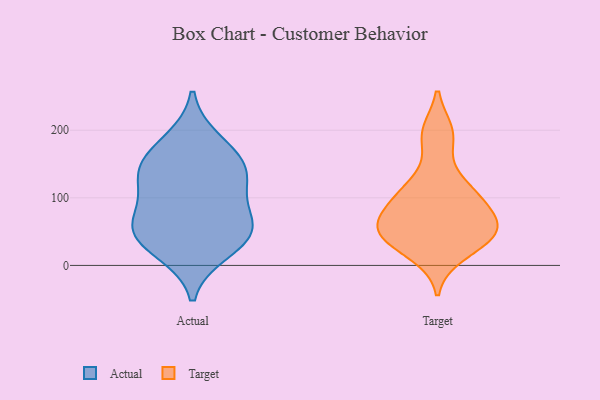
{"axis": {"x": "Humidity (%)", "y": "Value"}, "legend": ["Actual", "Target"], "data": [{"x": "", "y": 63, "type": "Actual"}, {"x": "", "y": 48, "type": "Actual"}, {"x": "", "y": 183, "type": "Actual"}, {"x": "", "y": 129, "type": "Actual"}, {"x": "", "y": 146, "type": "Actual"}, {"x": "", "y": 65, "type": "Actual"}, {"x": "", "y": 22, "type": "Actual"}, {"x": "", "y": 153, "type": "Actual"}, {"x": "", "y": 115, "type": "Actual"}, {"x": "", "y": 43, "type": "Actual"}, {"x": "", "y": 125, "type": "Target"}, {"x": "", "y": 42, "type": "Target"}, {"x": "", "y": 59, "type": "Target"}, {"x": "", "y": 64, "type": "Target"}, {"x": "", "y": 58, "type": "Target"}, {"x": "", "y": 192, "type": "Target"}, {"x": "", "y": 17, "type": "Target"}, {"x": "", "y": 96, "type": "Target"}, {"x": "", "y": 108, "type": "Target"}, {"x": "", "y": 100, "type": "Target"}, {"x": "", "y": 37, "type": "Target"}, {"x": "", "y": 40, "type": "Target"}, {"x": "", "y": 64, "type": "Target"}, {"x": "", "y": 196, "type": "Target"}]}